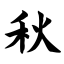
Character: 秋